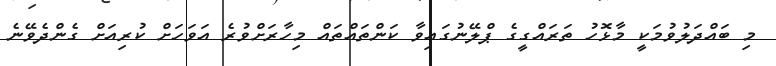
މި ބައްދަލުވުމަކީ މާޅޮހު ތަރައްގީގެ ޕްލޭނުގައިވާ ކަންތައްތައް މިހާރަށްވުރެ އަވަހަށް ކުރިއަށް ގެންދެވޭނެ